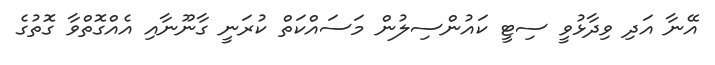
އޭނާ އަދި ވިދާޅުވީ ސިޓީ ކައުންސިލުން މަސައްކަތް ކުރަނީ ގާނޫނާއި އެއްގޮތްވާ ގޮތުގެ